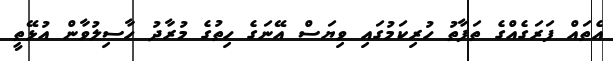
އެތައް ފަރަގެއްގެ ތަފާތު ހުރިކަމުގައި ވިޔަސް އޭނަގެ ހިތުގެ މުރާދު ހާސިލުވާން އުޅޭތީ